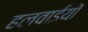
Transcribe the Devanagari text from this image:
हलवाईयों